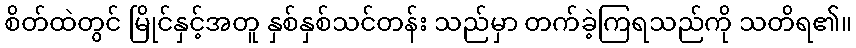
စိတ်ထဲတွင် မြိုင်နှင့်အတူ နှစ်နှစ်သင်တန်း သည်မှာ တက်ခဲ့ကြရသည်ကို သတိရ၏။